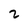
Character: 2